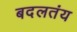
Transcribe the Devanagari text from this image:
बदलतंय